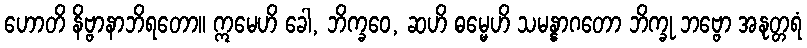
ဟောတိ နိဗ္ဗာနာဘိရတော။ ဣမေဟိ ခေါ, ဘိက္ခဝေ, ဆဟိ ဓမ္မေဟိ သမန္နာဂတော ဘိက္ခု ဘဗ္ဗော အနုတ္တရံ